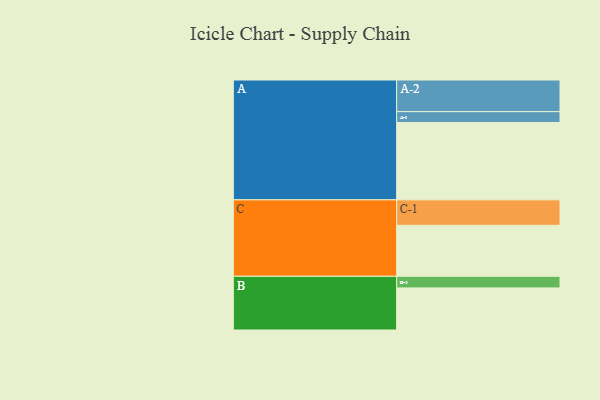
{"axis": {"x": "Segment", "y": "Value"}, "legend": ["", "A", "B", "C"], "data": [{"x": "A", "y": 572, "type": ""}, {"x": "B", "y": 311, "type": ""}, {"x": "C", "y": 377, "type": ""}, {"x": "A-1", "y": 80, "type": "A"}, {"x": "A-2", "y": 234, "type": "A"}, {"x": "B-1", "y": 86, "type": "B"}, {"x": "C-1", "y": 188, "type": "C"}]}